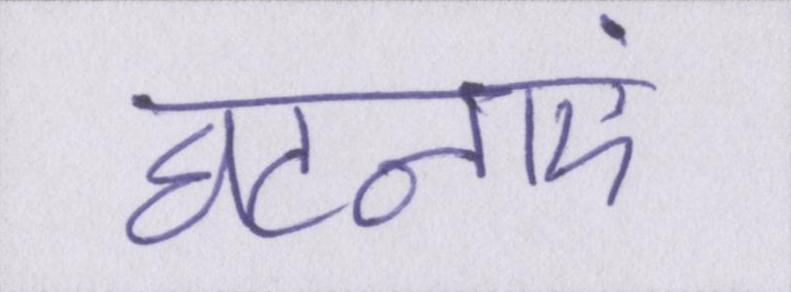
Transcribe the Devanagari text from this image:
घटनाएं